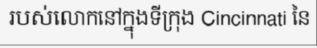
របស់លោកនៅក្នុងទីក្រុង Cincinnati នៃ